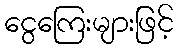
ငွေကြေးများဖြင့်